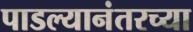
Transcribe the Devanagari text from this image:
पाडल्यानंतरच्या